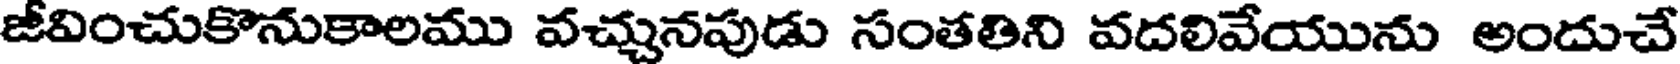
జీవించుకొనుకాలము వచ్చునపుడు సంతతిని వదలివేయును అందుచే